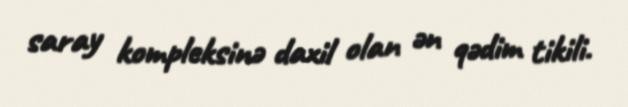
saray kompleksinə daxil olan ən qədim tikili.